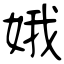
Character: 娥